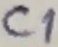
Text: C1